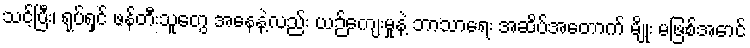
သင့်ပြီး၊ ရုပ်ရှင် ဖန်တီးသူတွေ အနေနဲ့လည်း ယဉ်ကျေးမှုနဲ့ ဘာသာရေး အဆိပ်အတောက် မျိုး မဖြစ်အောင်